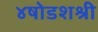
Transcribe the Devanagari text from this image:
४षोडशश्री